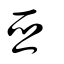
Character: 亞